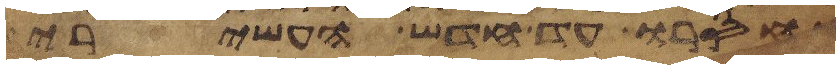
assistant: וחסרו עד חדש העשירי